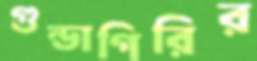
গুন্ডাগিরির